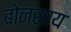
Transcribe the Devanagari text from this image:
बोन्साय